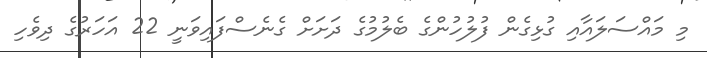
މި މައްސަލައާއި ގުޅިގެން ފުލުހުންގެ ބެލުމުގެ ދަށަށް ގެނެސްފައިވަނީ 22 އަހަރުގެ ދިވެހި